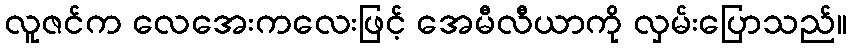
လူဇင်က လေအေးကလေးဖြင့် အေမီလီယာကို လှမ်းပြောသည်။